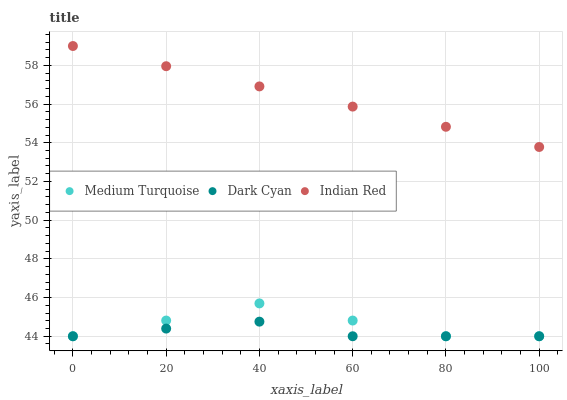
| xaxis_label | Medium Turquoise | Dark Cyan | Indian Red |
 | --- | --- | --- | --- |
 | 0 | 44 | 44 | 59 |
 | 20 | 44.8 | 44.4 | 58 |
 | 40 | 45.7 | 44.8 | 56.9 |
 | 60 | 44.8 | 44 | 55.9 |
 | 80 | 44 | 44 | 54.8 |
 | 100 | 44 | 44 | 53.8 |